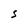
Character: S